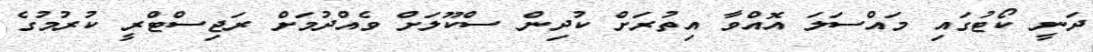
ދަނީ ކޯޓުގައި މައްސަލަ އޮއްވާ އިތުރަށް ކުދިން ސްކޫލަށް ވެއްދުމަށް ރަޖިސްޓްރީ ކުރުމުގެ